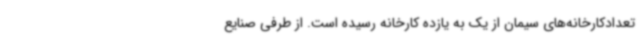
تعدادکارخانه‌های سیمان از یک به یازده کارخانه رسیده است. از طرفی صنایع